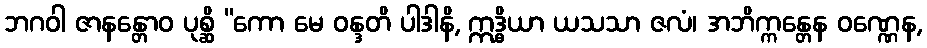
ဘဂဝါ ဇာနန္တောဝ ပုစ္ဆိ “ကော မေ ဝန္ဒတိ ပါဒါနိ, ဣဒ္ဓိယာ ယသသာ ဇလံ၊ အဘိက္ကန္တေန ဝဏ္ဏေန,